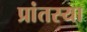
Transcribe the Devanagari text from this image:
प्रांतस्या